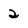
Character: 2